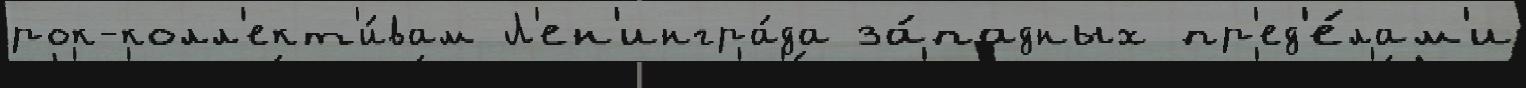
рок-колл'ект'и́вам Л'ен'ингра́да за́падных пр'ед'е́лам'и